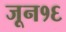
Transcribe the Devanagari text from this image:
जून१६